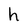
Character: h